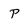
Character: p